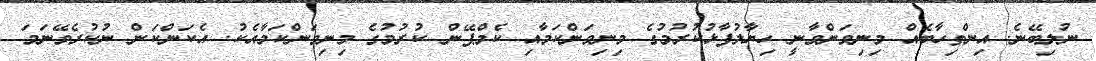
ނުލިބޭނެ. އިންތިހާބެއް މިނިވަންވާނީ ހިޔާލުފާޅުކުރުމުގެ މިނިވަންކަމާއި ކެމްޕޭން ކުރުމުގެ މިނިވަންކަމާއެކު. އެކަންކަން ނުކުރެވޭނަމަ